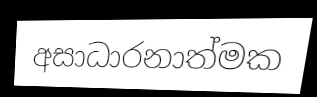
අසාධාරනාත්මක